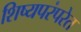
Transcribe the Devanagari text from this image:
शिष्यपरंपरेत